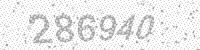
Solution: 286940